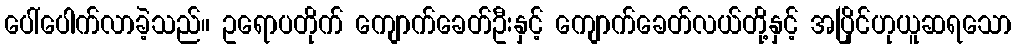
ပေါ်ပေါက်လာခဲ့သည်။ ဥရောပတိုက် ကျောက်ခေတ်ဦးနှင့် ကျောက်ခေတ်လယ်တို့နှင့် အပြိုင်ဟုယူဆရသော